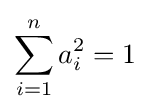
\sum _{i=1}^{n}a_{i}^{2}=1